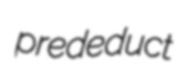
prededuct